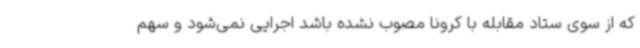
که از سوی ستاد مقابله با کرونا مصوب نشده باشد اجرایی نمی‌شود و سهم